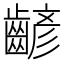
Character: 齴